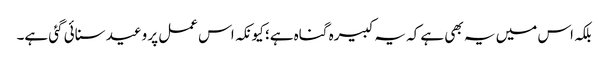
بلکہ اس میں یہ بھی ہے کہ یہ کبیرہ گناہ ہے؛ کیونکہ اس عمل پر وعید سنائی گئی ہے۔